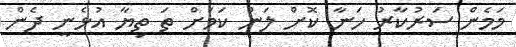
މަމެން ސަރުކާރު ހަނާ ކޮށް ލަން ކަމަށް ތަ ތިޔާ އުޅެނީ ދެން